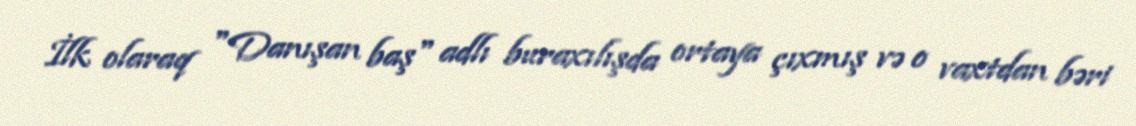
İlk olaraq "Danışan baş" adlı buraxılışda ortaya çıxmış və o vaxtdan bəri